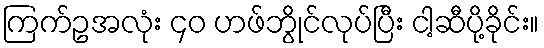
ကြက်ဥအလုံး ၄၀ ဟဖ်ဘွိုင်လုပ်ပြီး ငါ့ဆီပို့ခိုင်း။